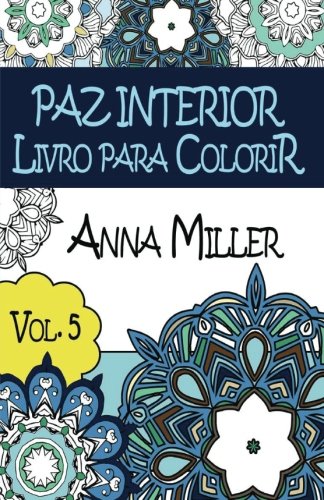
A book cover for Paz Interior Livro para colorir: Livro de bolso Anti-Stress Arteterapia: Livro de colorir terapÃªutico para Adultos (Arte Para a Alma) (Volume 5) (Portuguese Edition); Anna Miller; Health, Fitness & Dieting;